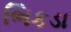
ભિકડા